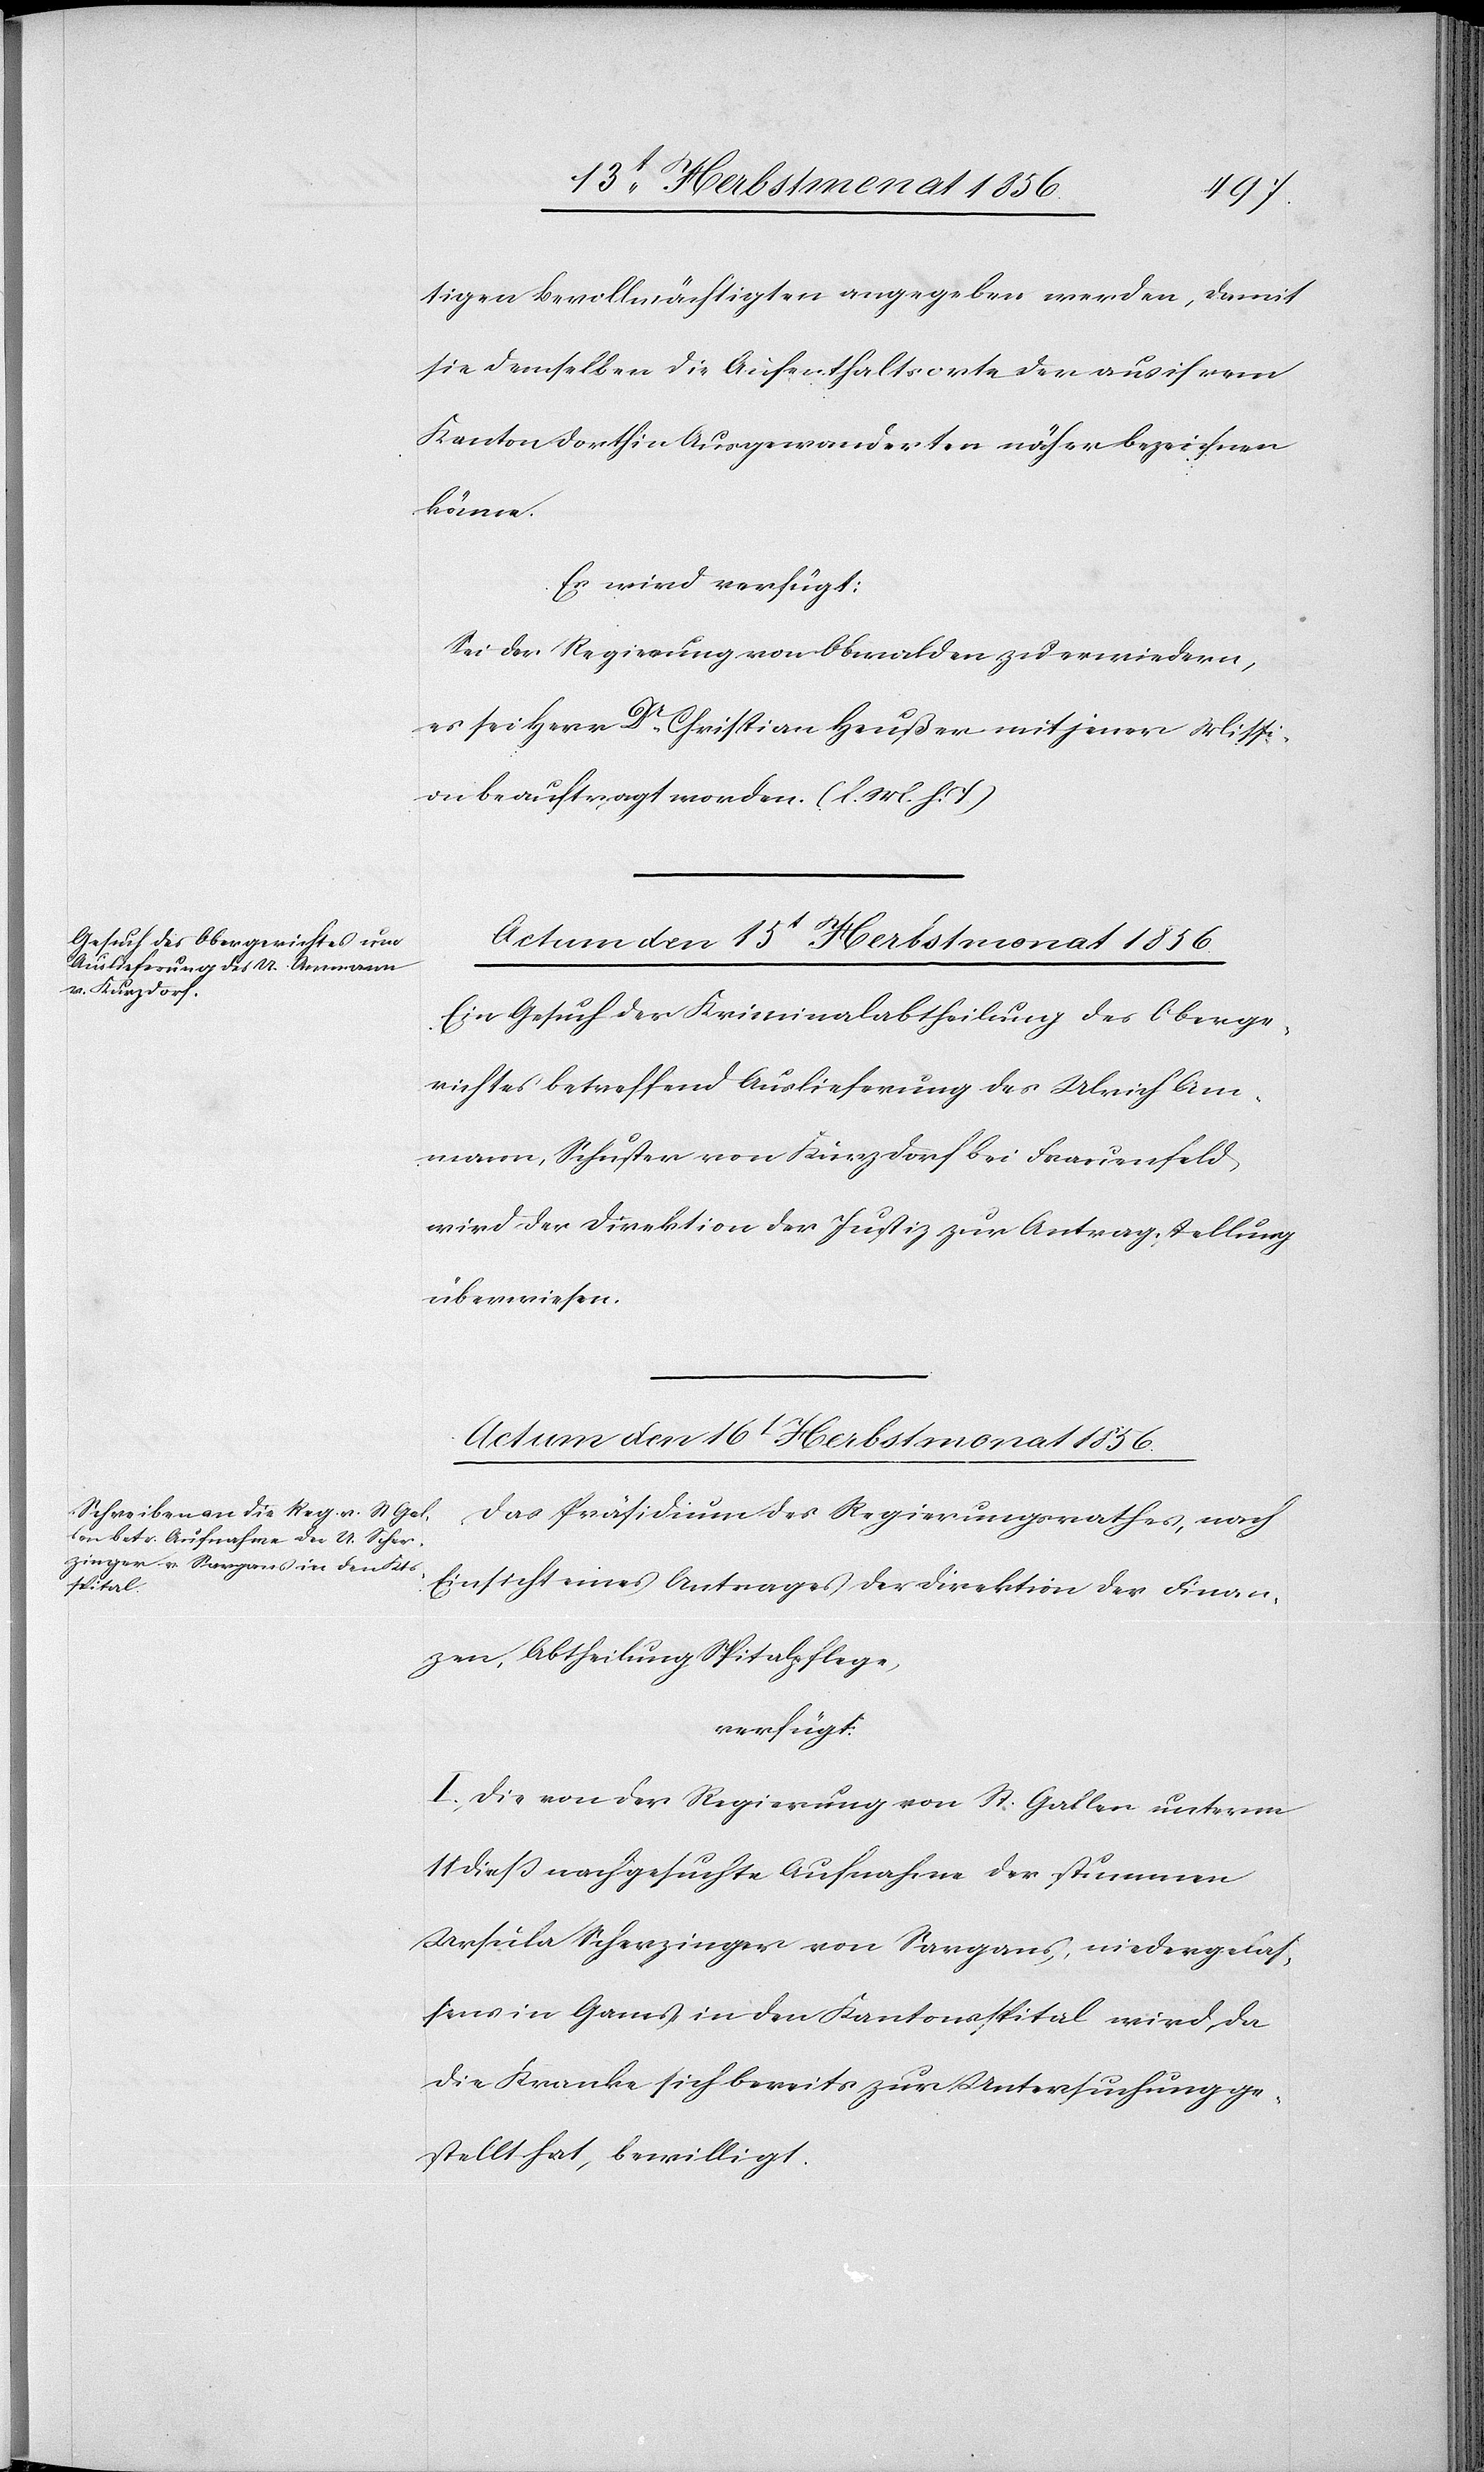
sens

tigen Bevollmächtigten angegeben werden, damit
sie demselben die Aufenthaltsorte der aus ihrem
Kanton dorthin Ausgewanderten näher bezeichnen
könne.
Es wird verfügt:
Sei der Regierung von Obwalden zu erwiedern,
es sei Herr Dr Christian Heußer mit jener Missi¬
on beauftragt worden. (l. M. h. T)
Actum den 15t Herbstmonat 1856.
Ein Gesuch der Kriminalabtheilung des Oberge¬
richtes betreffend Auslieferung des Ulrich Am¬
mann, Schuster von Kurzdorf bei Frauenfeld
wird der Direktion der Justiz zur Antragstellung
überwiesen.
Actum den 16t Herbstmonat 1856.
Das Präsidium des Regierungsrathes, nach
Einsicht eines Antrages der Direktion der Finan¬
zen, Abtheilung Spitalpflege,
verfügt:
I.) Die von der Regierung von St. Gallen unterm
11 diess nachgesuchte Aufnahme der stummen
Ursula Scherzinger von Sargans, niedergelas¬
[sic!] in Gams, in den Kantonsspital wird, da
die Kranke sich bereits zur Untersuchung ge¬
stellt hat, bewilligt.